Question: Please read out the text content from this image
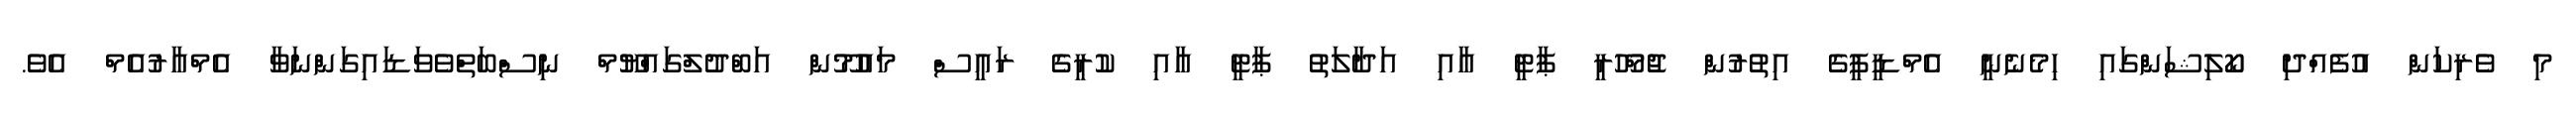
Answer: މި ވެރިކަން އުފެއްދި ކޯލިޝަންގައި ހިމެނެނީ އެމްޑީޕީގެ އިތުރުން ޖުމްހޫރީ ޕާޓީ އާއި އަދާލަތު ޕާޓީ އާއި ކުރީގެ ރައީސް މައުމޫން އަބްދުލްގައްޔޫމް ނިސްބަތްވެވަޑައިގަންނަވާ އެމްއާރުއެމް އެވެ.